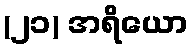
(၂၁) အရိယော